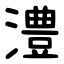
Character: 澧